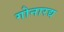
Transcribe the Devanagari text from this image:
गोनारद्य